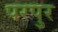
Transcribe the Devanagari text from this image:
परपुर